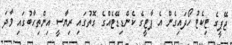
ޖޭޕީގެ ޓިކެޓު ހޯދަައިގެން އެ ޕާޓީގެ ކެންޑިޑޭޓެއްގެ ގޮތުގައި ރިޔާސީ އިންތިހާބުގައި ވާދަ